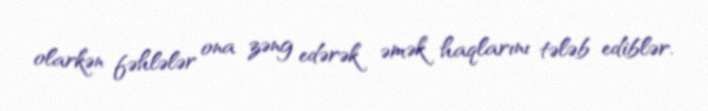
olarkən fəhlələr ona zəng edərək əmək haqlarını tələb ediblər.